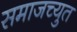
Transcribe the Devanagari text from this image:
समाजच्युत